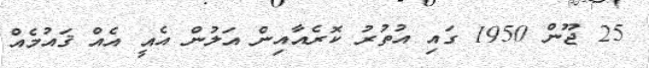
25 ޖޫން 1950 ގައި އުތުރު ކޮރެއާއިން އަލުން އެއީ އެއް ޤައުމެއް